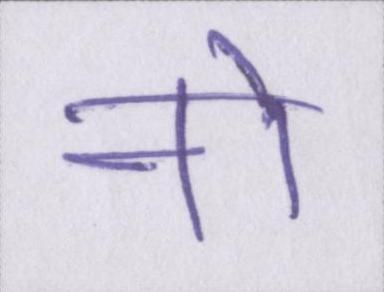
नो